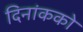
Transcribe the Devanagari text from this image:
दिनांकको